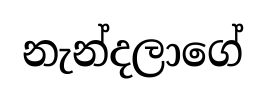
නැන්දලාගේ